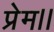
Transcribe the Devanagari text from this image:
प्रेम।।